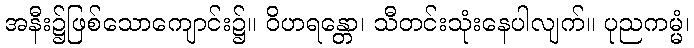
အနီး၌ဖြစ်သောကျောင်း၌။ ဝိဟရန္တော၊ သီတင်းသုံးနေပါလျက်။ ပုညကမ္မံ၊